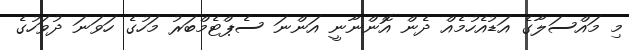
މި މައްސަލާގެ އަޑުއެހުމެއް ދެން އޮންނާނީ އަންނަ ސެޕްޓެމްބަރު މަހުގެ ހަވަނަ ދުވަހުގެ